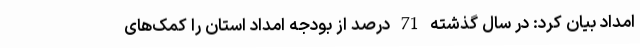
امداد بیان کرد: در سال گذشته 71 درصد از بودجه امداد استان را کمک‌های